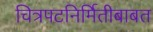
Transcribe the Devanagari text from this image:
चित्रपटनिर्मितीबाबत